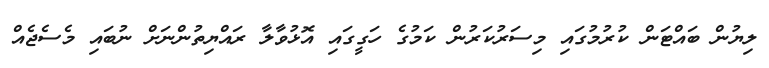
ލިޔުން ބައްޓަން ކުރުމުގައި މިސަރުކަަރުން ކަމުގެ ހަގީގައި އޮޅުވާލާ ރައްޔިތުންނަށް ނުބައި މެސެޖެއް